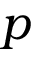
p